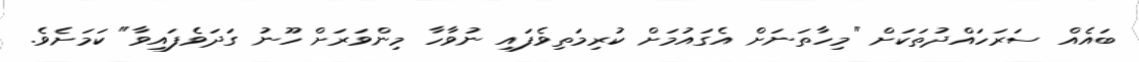
ބައެއް ސަރަހައްދުތަކަށް "މިހާތަނަށް އެގައުމަށް ކުރިމަތިވެފައި ނުވާހާ މިންވަރަށް ހޫނު ގަދަވެފައިވާ" ކަމަށެވެ.